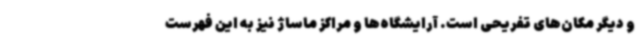
و دیگر مکان‌های تفریحی است. آرایشگاه‌ها و مراکز ماساژ نیز به این فهرست